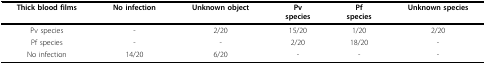
| Thick blood films | No infection | Unknown object | Pvspecies | Pfspecies | Unknown species |
 | --- | --- | --- | --- | --- | --- |
 | Pv species | - | 2/20 | 15/20 | 1/20 | 2/20 |
 | Pf species | - | - | 2/20 | 18/20 | - |
 | No infection | 14/20 | 6/20 | - | - | - |